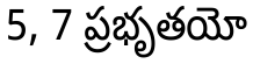
5, 7 ప్రభృతయో